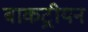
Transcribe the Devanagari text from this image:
बाकट्रीयन